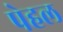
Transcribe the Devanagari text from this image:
पेहल